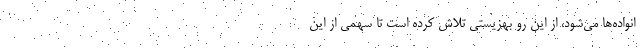
انواده‌ها می‌شود، از این رو بهزیستی تلاش کرده است تا سهمی از این